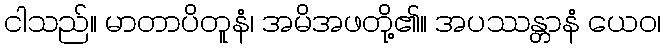
ငါသည်။ မာတာပိတူနံ၊ အမိအဖတို့၏။ အပဿန္တာနံ ယေဝ၊